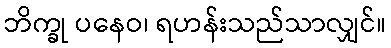
ဘိက္ခု ပနေဝ၊ ရဟန်းသည်သာလျှင်။